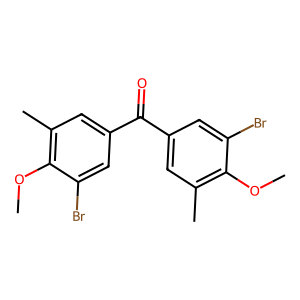
SMILES: COc1c(C)cc(C(=O)c2cc(C)c(OC)c(Br)c2)cc1Br
Inhibits HIV replication: No